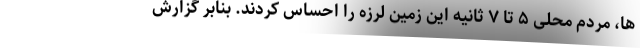
ها، مردم محلی ۵ تا ۷ ثانیه این زمین لرزه را احساس کردند. بنابر گزارش